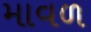
માવળ